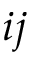
i j